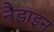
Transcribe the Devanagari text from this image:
नैडाइन